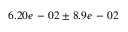
6 . 2 0 e \mathrm { ~ - ~ } 0 2 \pm 8 . 9 e \mathrm { ~ - ~ } 0 2